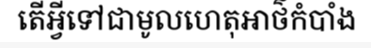
តើអ្វីទៅជាមូលហេតុអាថ៌កំបាំង